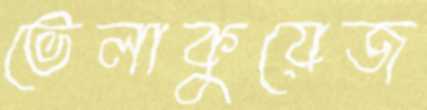
ভেলাকুয়েজ